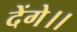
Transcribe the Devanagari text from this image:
देंगे।।